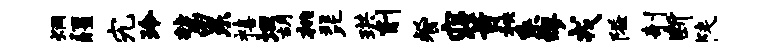
炯疆究玲虢累禧坦胡桃琵珙削餐寝旨秧系缪戎隘剞断陡